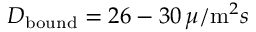
D _ { \mathrm { b o u n d } } = 2 6 - 3 0 \, \mu / \mathrm { m } ^ { 2 } s